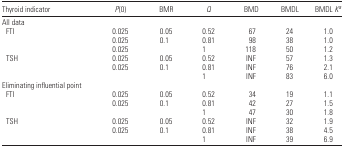
| Thyroid indicator | P (0) | BMR | Q | BMD | BMDL | BMDL Ka |
 | --- | --- | --- | --- | --- | --- | --- |
 | <COLSPAN=7> All data |
 | FTI | 0.025 | 0.05 | 0.52 | 67 | 24 | 1.0 |
 |  | 0.025 | 0.1 | 0.81 | 98 | 38 | 1.0 |
 |  | 0.025 |  | 1 | 118 | 50 | 1.2 |
 | TSH | 0.025 | 0.05 | 0.52 | INF | 57 | 1.3 |
 |  | 0.025 | 0.1 | 0.81 | INF | 76 | 2.1 |
 |  |  |  | 1 | INF | 83 | 6.0 |
 | <COLSPAN=7> Eliminating influential point |
 | FTI | 0.025 | 0.05 | 0.52 | 34 | 19 | 1.1 |
 |  | 0.025 | 0.1 | 0.81 | 42 | 27 | 1.5 |
 |  |  |  | 1 | 47 | 30 | 1.8 |
 | TSH | 0.025 | 0.05 | 0.52 | INF | 32 | 1.9 |
 |  | 0.025 | 0.1 | 0.81 | INF | 38 | 4.5 |
 |  |  |  | 1 | INF | 39 | 6.9 |